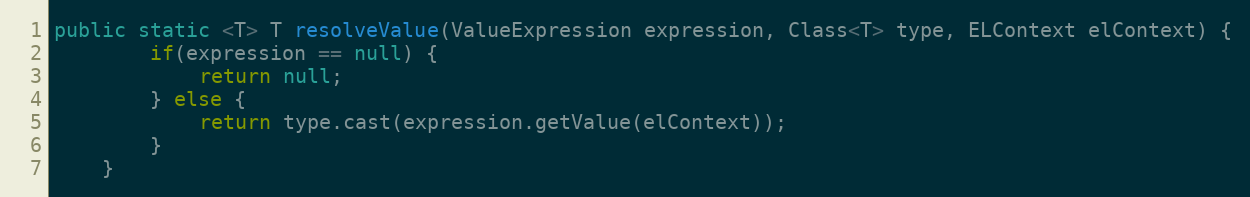
Language: Java
public static <T> T resolveValue(ValueExpression expression, Class<T> type, ELContext elContext) {
		if(expression == null) {
			return null;
		} else {
			return type.cast(expression.getValue(elContext));
		}
	}